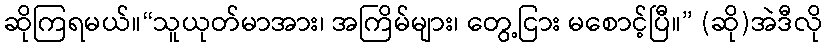
ဆိုကြရမယ်။“သူယုတ်မာအား၊ အကြိမ်များ၊ တွေ့ငြား မစောင့်ပြီ။” (ဆို)အဲဒီလို